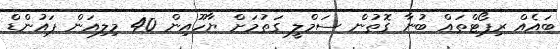
ބައެއް ރިޕޯޓްތައް ބުނާ ގޮތުން ސަމްލީ ގަތުމަށް ޔާހޫއިން 40 މިލިއަން ޕައުންޑް